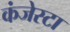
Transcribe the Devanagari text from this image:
कंजेस्टा